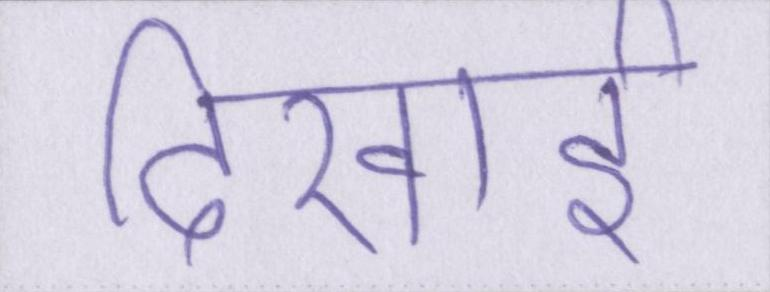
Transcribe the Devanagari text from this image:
दिखाई